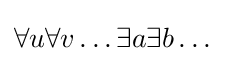
\forall u\forall v\ldots \exists a\exists b\dots